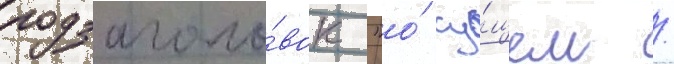
подзаголо́вок "о́ су́щем /